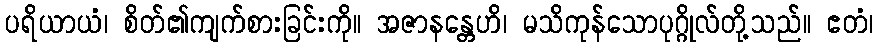
ပရိယာယံ၊ စိတ်၏ကျက်စားခြင်းကို။ အဇာနန္တေဟိ၊ မသိကုန်သောပုဂ္ဂိုလ်တို့သည်။ ဧတံ၊